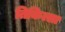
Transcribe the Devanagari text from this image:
तिकित्सा